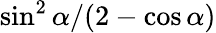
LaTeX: \sin^{2}\alpha/(2-\cos\alpha)